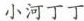
小河丁丁